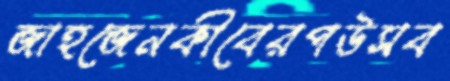
জাহজেনকীবেরপউসব